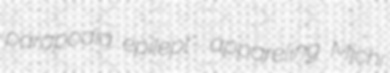
parapodia epilept- appareling Michi